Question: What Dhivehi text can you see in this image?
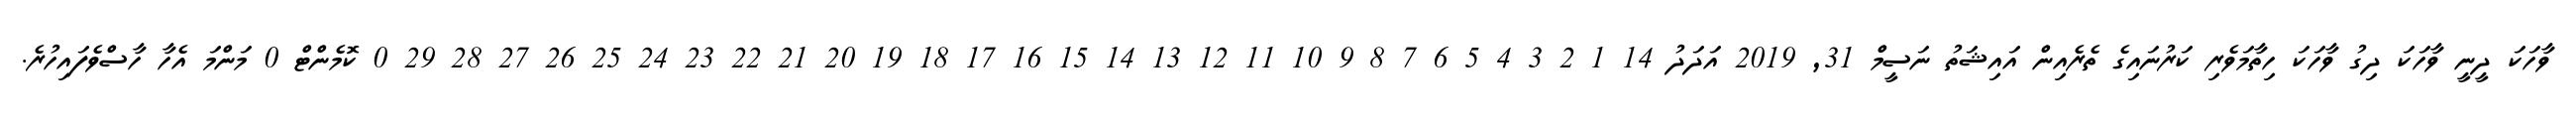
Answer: ވާހަކަ ދީނީ ވާހަކަ ދިގު ވާހަކަ ހިތާމަވެރި ކަރުނައިގެ ތެރެއިން އައިޝަތު ނަސީމް 31, 2019 އަދަދު 14 1 2 3 4 5 6 7 8 9 10 11 12 13 14 15 16 17 18 19 20 21 22 23 24 25 26 27 28 29 0 ކޮމެންޓް 0 މަންމަ އެހާ ހާސްވެފައިހުރެ.